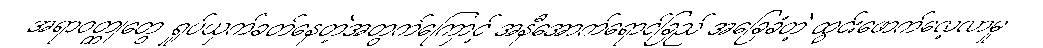
အရာဝတ္ထုတွေ ရှုပ်ယှက်ခတ်နေတဲ့အတွက်ကြောင့် အနီအောက်ရောင်ခြည် အခြေခံတဲ့ ထွင်းဖောက်လေ့လာမှု